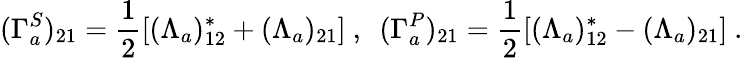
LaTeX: (\Gamma_{a}^{S})_{21}=\frac{1}{2}\left[(\Lambda_{a})_{12}^{*}+(\Lambda_{a})_{21}\right]~,~~(\Gamma_{a}^{P})_{21}=\frac{1}{2}\left[(\Lambda_{a})_{12}^{*}-(\Lambda_{a})_{21}\right]~.